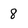
Character: 8